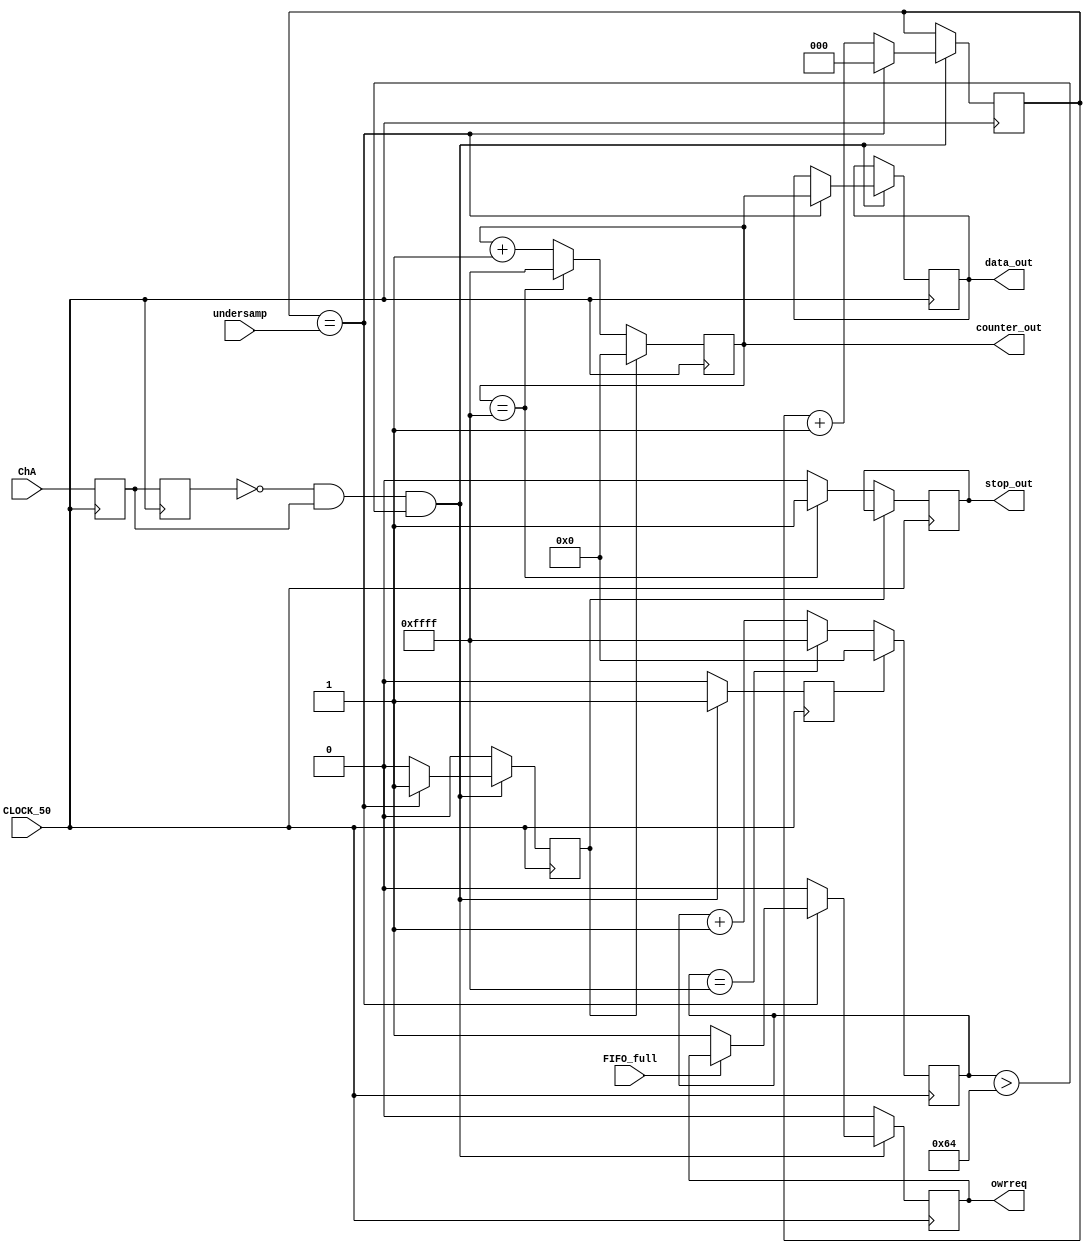
module Simple_Counter (
								CLOCK_50,
								ChA,
								FIFO_full,
								undersamp,
								counter_out,
								data_out,
								owrreq,
								stop_out
							 );

input 				CLOCK_50;
input 				ChA;
input 				FIFO_full;
input		[2:0] 	undersamp;
reg					p_state1 = 0;
reg					p_state2 = 0;
output 	[15:0] 	counter_out;
reg 		[15:0] 	counter_out;
reg 		[15:0] 	cnt2;
output	[15:0] 	data_out;
reg 		[15:0] 	data_out;
reg					reset =0;
reg					reset2 =0;
output				owrreq;
reg					write;
output reg			stop_out;

reg 		[2:0]	      undersamp_cnt;


initial
undersamp_cnt <= 0;

assign   owrreq   =  write;

always @ (posedge CLOCK_50) // on positive clock edge 
	begin
		if(!reset)
			if(counter_out == 16'hFFFF)
			begin
				counter_out <= 16'hFFFF;
				stop_out <= 1'b1;
			end
			else
			begin
				counter_out <= counter_out + 1; // increment counter
				stop_out <= 1'b0;
			end
		else
			begin
				counter_out <= 0;	 
			end
		if(!reset2)
			if(cnt2 == 16'hFFFF)
					cnt2 <= 16'hFFFF;
			else
					cnt2 <= cnt2 + 1; // increment counter
		else
			begin
				cnt2 <= 0;	 
			end
		p_state1 <= ChA;
		p_state2 <= p_state1;
	end
	


always @ (negedge CLOCK_50)
	begin
		if( p_state2==0 && p_state1==1 && cnt2>100) begin
			if (undersamp_cnt == undersamp) begin
					data_out <= counter_out;
					reset <= 1;
					reset2 <=1;
					undersamp_cnt <= 1'b0;
					if(!FIFO_full)
					begin write <= 1'b1; end
			end
			else begin
					undersamp_cnt<= undersamp_cnt + 1;
					reset <= 0;
					reset2 <= 1;
					write <= 1'b0;
			end
		end //If		
		else
			begin
				reset2 <= 0;
				reset <= 0;
				write <= 1'b0;
			end

	end
	

endmodule // end of module counter